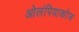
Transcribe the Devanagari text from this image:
ओलंपियाकोज